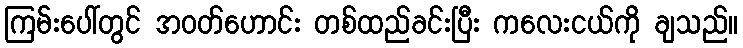
ကြမ်းပေါ်တွင် အဝတ်ဟောင်း တစ်ထည်ခင်းပြီး ကလေးငယ်ကို ချသည်။